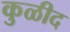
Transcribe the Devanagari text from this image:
कुळीद